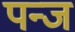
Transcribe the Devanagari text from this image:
पन्ज